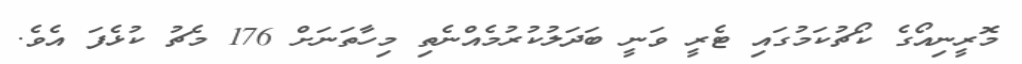
މޮރީނިއޯގެ ކޯޗުކަމުގައި ޓެރީ ވަނީ ބަދަލުކުރުމެއްނެތި މިހާތަނަށް 176 މެޗު ކުޅެފަ އެވެ.